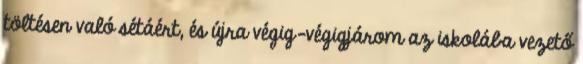
töltésen való sétáért, és újra végig-végigjárom az iskolába vezető